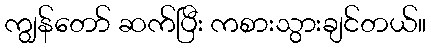
ကျွန်တော် ဆက်ပြီး ကစားသွားချင်တယ်။